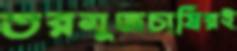
তরমুজচাষিরই